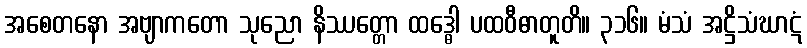
အစေတနော အဗျာကတော သုညော နိဿတ္တော ထဒ္ဓေါ ပထဝီဓာတူတိ။ ၃၁၆။ မံသံ အဋ္ဌိသံဃာဋံ